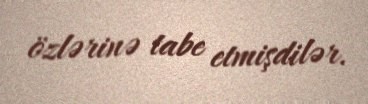
özlərinə tabe etmişdilər.